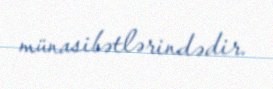
münasibətlərindədir.